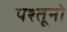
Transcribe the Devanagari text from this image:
पश्तूनो